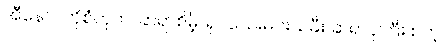
အီနောင်ကိုစံတုတ်၊ ဆရာစိမ့်၊ ရုပ်သေးမင်းသမီး ဆရာပုကြီး စတဲ့